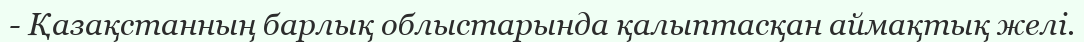
- Қазақстанның барлық облыстарында қалыптасқан аймақтық желі.